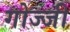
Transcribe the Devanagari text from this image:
गोज्जी